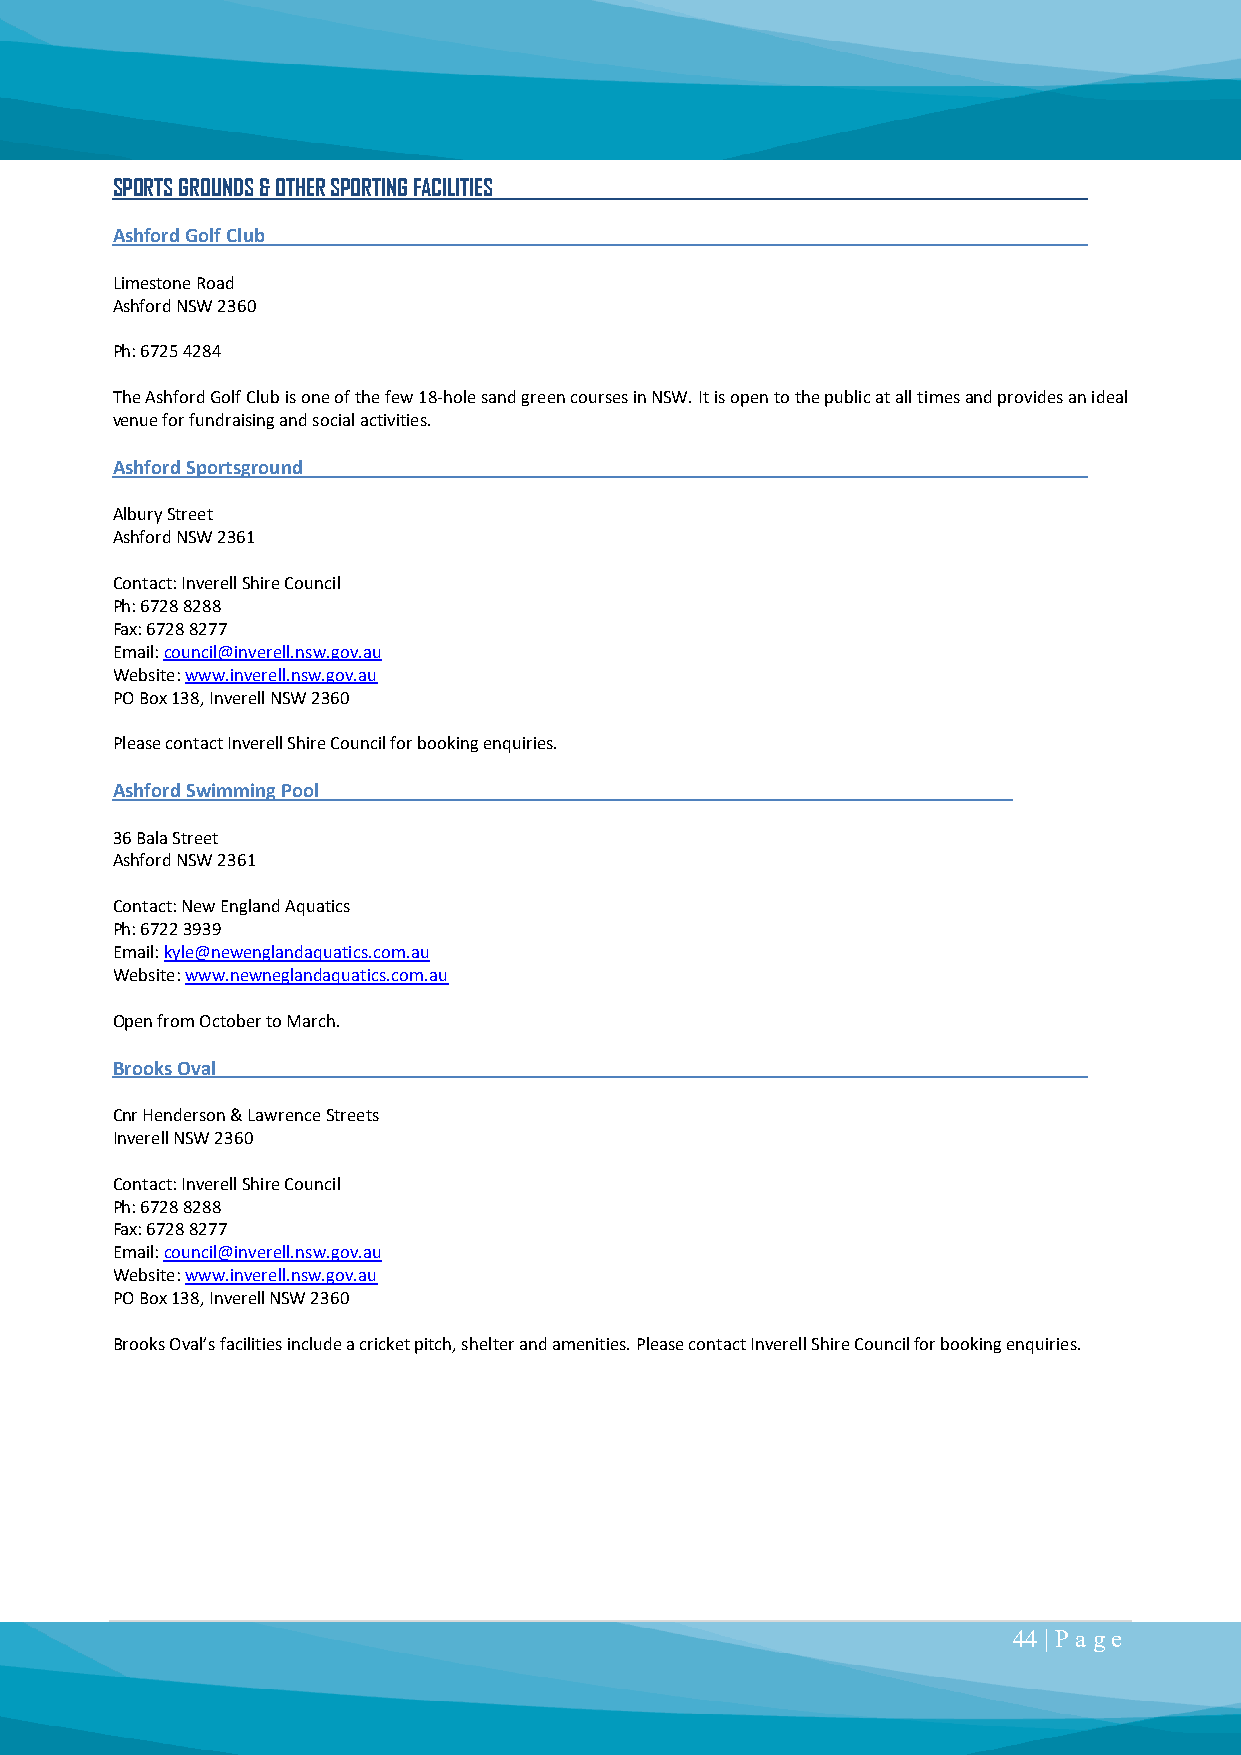
SPORTS GROUNDS & OTHER SPORTING FACILITIES
 Ashford Golf Club
 Limestone Road
 Ashford NSW 2360
 Ph: 6725 4284
 The Ashford Golf Club is one of the few 18-hole sand green courses in NSW. It is open to the public at all times and provides an ideal
 venue for fundraising and social activities.
 Ashford Sportsground
 Albury Street
 Ashford NSW 2361
 Contact: Inverell Shire Council
 Ph: 6728 8288
 Fax: 6728 8277
 Email: council@inverell.nsw.gov.au
 Website: www.inverell.nsw.gov.au
 PO Box 138, Inverell NSW 2360
 Please contact Inverell Shire Council for booking enquiries.
 Ashford Swimming Pool
 36 Bala Street
 Ashford NSW 2361
 Contact: New England Aquatics
 Ph: 6722 3939
 Email: kyle@newenglandaquatics.com.au
 Website: www.newneglandaquatics.com.au
 Open from October to March.
 Brooks Oval
 Cnr Henderson & Lawrence Streets
 Inverell NSW 2360
 Contact: Inverell Shire Council
 Ph: 6728 8288
 Fax: 6728 8277
 Email: council@inverell.nsw.gov.au
 Website: www.inverell.nsw.gov.au
 PO Box 138, Inverell NSW 2360
 Brooks Oval’s facilities include a cricket pitch, shelter and amenities. Please contact Inverell Shire Council for booking enquiries.
 44 | P a ge